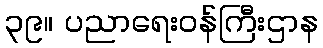
၃၉။ ပညာရေးဝန်ကြီးဌာန